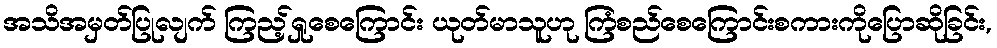
အသိအမှတ်ပြုလျက် ကြည့်ရှုစေကြောင်း ယုတ်မာသူဟု ကြံစည်စေကြောင်းစကားကိုပြောဆိုခြင်း,